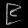
Digit: ၉